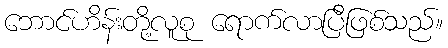
ဘောင်ဟိန်းတို့လူစု ရောက်လာပြီဖြစ်သည်။